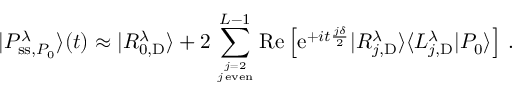
| P _ { \mathrm { s s } , P _ { 0 } } ^ { \lambda } \rangle ( t ) \approx | R _ { 0 , \mathrm { D } } ^ { \lambda } \rangle + 2 \sum _ { j = 2 \atop j \, \mathrm { e v e n } } ^ { L - 1 } \mathrm { R e } \left[ \mathrm { e } ^ { + i t \frac { j \delta } { 2 } } | R _ { j , \mathrm { D } } ^ { \lambda } \rangle \langle L _ { j , \mathrm { D } } ^ { \lambda } | P _ { 0 } \rangle \right] \, .